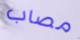
مصاب